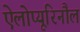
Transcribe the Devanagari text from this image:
ऐलोप्यूरिनौल